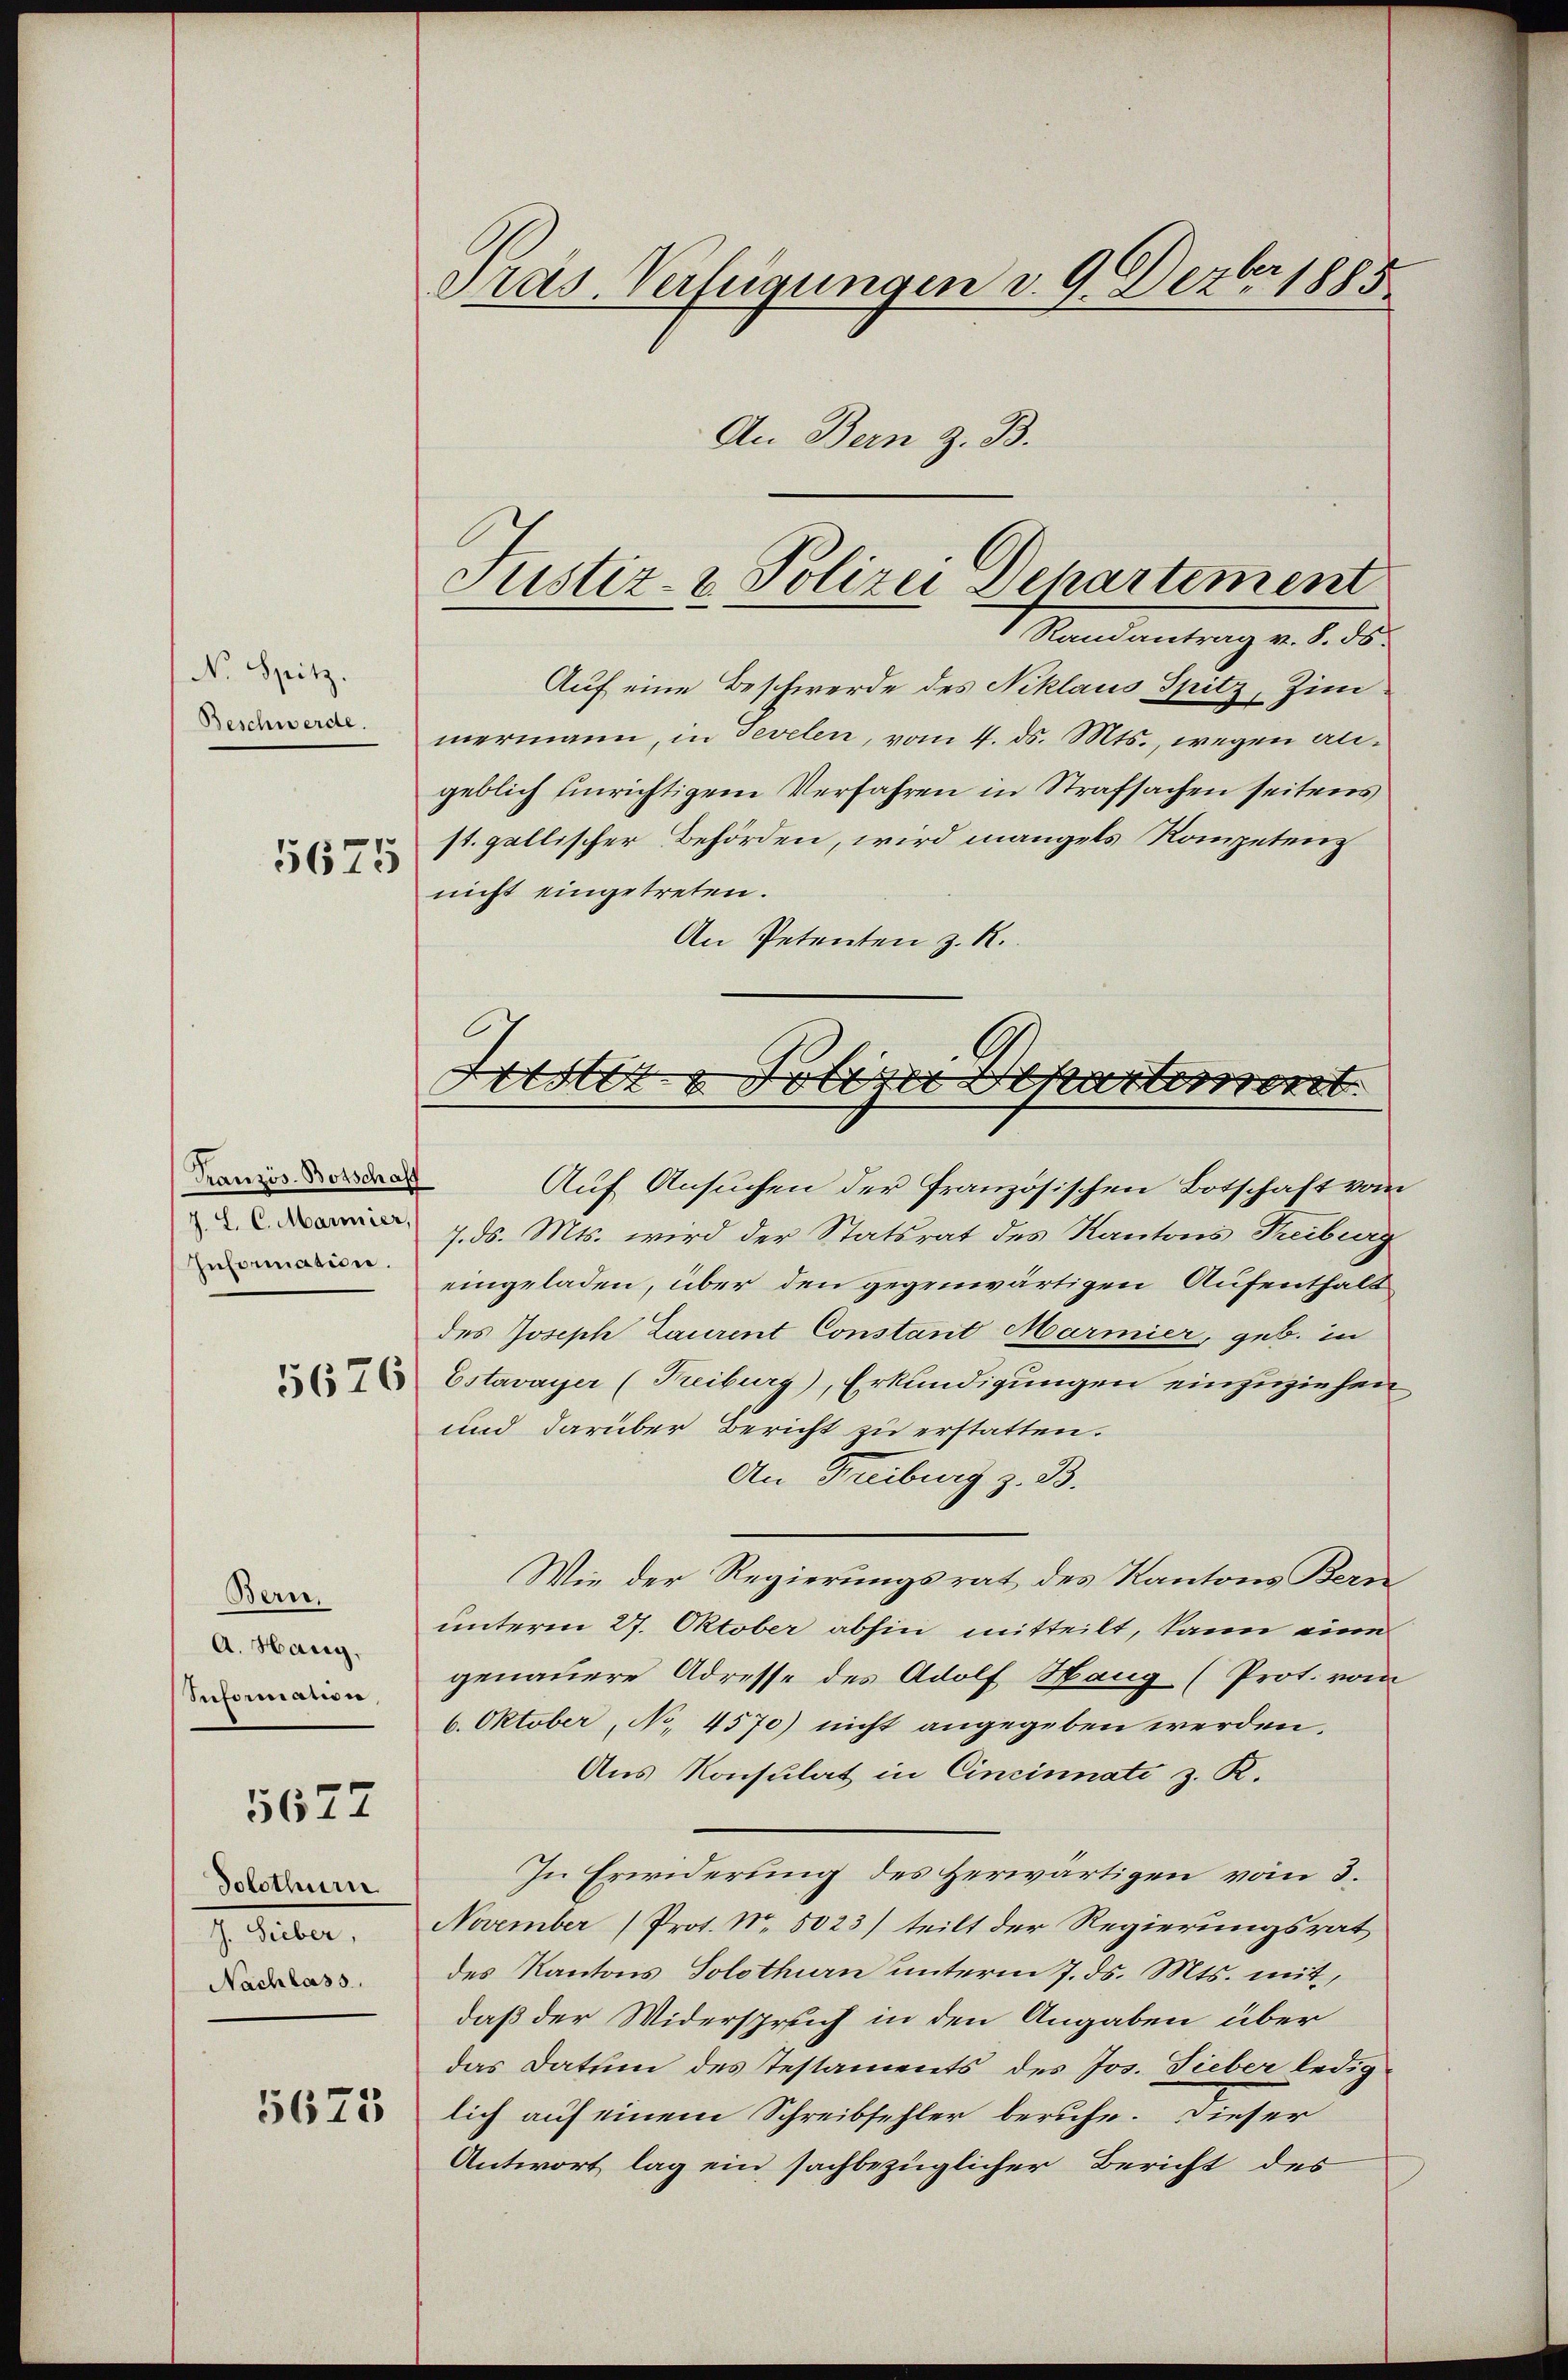
N. Spitz.
Beschwerde.
.

5625

Französ-Botschaff
J. L. C. Marmier,
Information.

5676

Bern.
A. Haug,
Informanin,

5677

Solothur
J. Sieber,
Nachlass.

5675

Pras. Verfügungen d. 9. Dezbr. 1885

Justiz- & Polizei Departement
Randantrag v. 8. ds.

An Bern z. B.
Auf eine Beschwerde des Niklaus Spitz, Zimmermann, in sevelen, vom 4. ds. Mts., wegen algeblich einrichtigem Verfahren in Strafsachen seitens
st. gallischer Behörden, wird mangels Kompeten
nicht eingetreten.
An Petenten z. R.

.
ota hatten

t
Auf Ansuchen der Französischen Botschaft vom
7. ds. Mts. wird der Statsrat des Kantons Treiburg
eingeladen, über den gegenwärtigen Aufenthalt
des Joseph Laurent Constant Marmier, geb. in
Estavayer (Freiburg), Erkundigungen einzuziehen
und darüber Bericht zu erstatten.
An Freiburg z. B.
Wie der Regierungsrat des Kantons Bern
unterm 27. Oktober abhin mitteilt, kann eine
genauere Adresse des Adolf Hang (Prot. vom
6. Oktober, No 4570) nicht angegeben werden,
Aus Konsulat in Cincinnati z. K.
In Erwiderung des Herwärtigen vom 3.
November (Prot. No. 5023) teilt der Regierungsrat
des Kantons Solothurn unterm 7. ds. Mts. mit
daß der Widerspruch in den Angaben über
das Datum des Testaments des Jos. Sieber ledig
lich auf einem Schreibfehler beruhe. Dieser
Antwort lag ein sachbezüglicher Bericht des